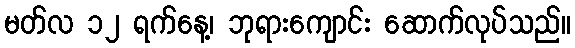
မတ်လ ၁၂ ရက်နေ့၊ ဘုရားကျောင်း ဆောက်လုပ်သည်။